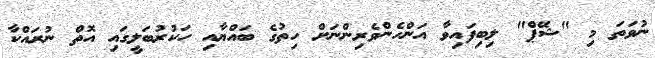
ނުވަތަ މި "ޝޭޕް" ލިބިފައިވާ އަންހެންވެރިންނަށް ހިތުގެ ބައްޔާއި ހަކުރުބަލީގައި އޮތް ނުރައްކާ